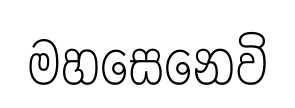
මහසෙනෙවි